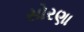
સોરણા